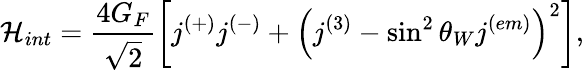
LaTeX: {\cal H}_{int}=\frac{4G_{F}}{\sqrt 2}\left[j^{(+)}j^{(-)}+\left(j^{(3)}-\sin^{2}\theta_{W}j^{(em)}\right)^{2}\right],